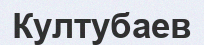
Култубаев